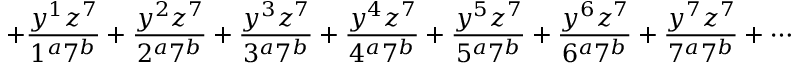
+ \frac { y ^ { 1 } z ^ { 7 } } { 1 ^ { a } 7 ^ { b } } + \frac { y ^ { 2 } z ^ { 7 } } { 2 ^ { a } 7 ^ { b } } + \frac { y ^ { 3 } z ^ { 7 } } { 3 ^ { a } 7 ^ { b } } + \frac { y ^ { 4 } z ^ { 7 } } { 4 ^ { a } 7 ^ { b } } + \frac { y ^ { 5 } z ^ { 7 } } { 5 ^ { a } 7 ^ { b } } + \frac { y ^ { 6 } z ^ { 7 } } { 6 ^ { a } 7 ^ { b } } + \frac { y ^ { 7 } z ^ { 7 } } { 7 ^ { a } 7 ^ { b } } + \cdots